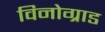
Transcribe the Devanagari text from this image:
विनोग्राड